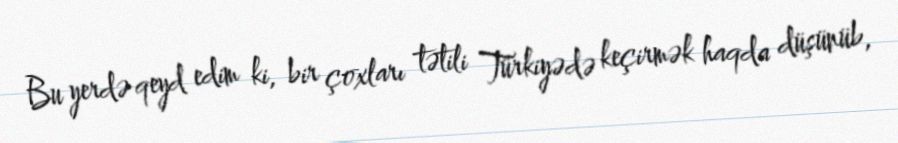
Bu yerdə qeyd edim ki, bir çoxları tətili Türkiyədə keçirmək haqda düşünüb,